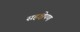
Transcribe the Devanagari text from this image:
सहक्षेपण